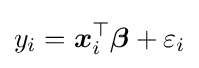
{y}_{i}={\boldsymbol {x}}_{i}^{\top }{\boldsymbol {\beta }}+{\varepsilon }_{i}